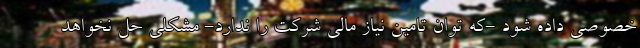
خصوصی داده شود -که توان تامین نیاز مالی شرکت را ندارد- مشکلی حل نخواهد